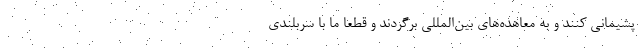
پشیمانی کنند و به معاهده‌های بین‌المللی برگردند و قطعا ما با سربلندی